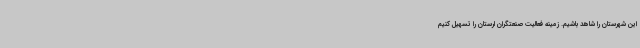
این شهرستان را شاهد باشیم. زمینه فعالیت صنعتگران لرستان را تسهیل کنیم